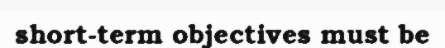
short-term objectives must be